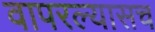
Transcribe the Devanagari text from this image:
वापरल्यासच